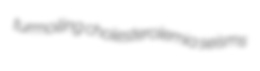
turmoiling cholesterolemia seisms